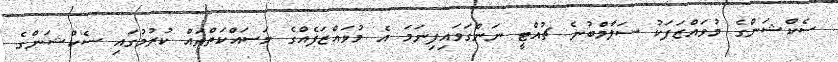
ސެކްޝަންގެ މުވައްޒަފަކު ސަލާމްބުނެ ޗުއްޓީ ނަންގަވައިފިނަމަ އެ މުވައްޒަފެއްގެ މަސައްކަތްތައް ކުރުމުގައި ސެކްޝަންގެ